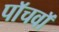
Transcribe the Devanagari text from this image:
पाॅचवाॅ